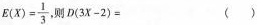
$$E ( X ) = \frac { 1 } { 3 }$$ , 则 $$D ( 3 X - 2 ) =$$ ( )